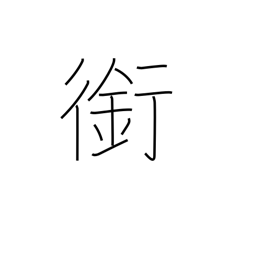
Meaning: horse's bit